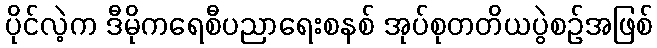
ပိုင်လဲ့က ဒီမိုကရေစီပညာရေးစနစ် အုပ်စုတတိယပွဲစဉ်အဖြစ်